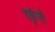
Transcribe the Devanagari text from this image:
रकृंनी